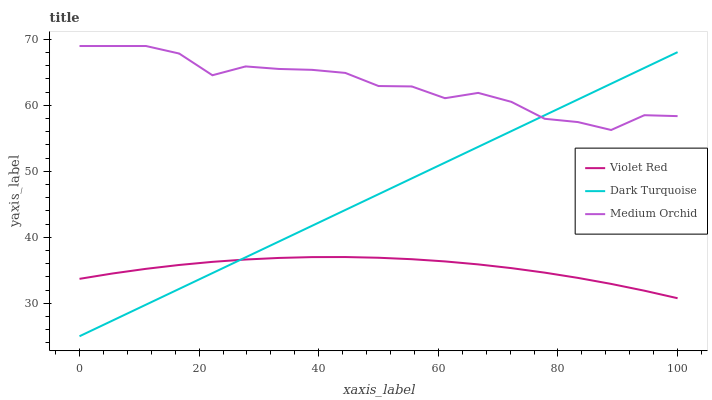
| xaxis_label | Violet Red | Dark Turquoise | Medium Orchid |
 | --- | --- | --- | --- |
 | 0 | 33.7 | 25 | 69 |
 | 5.56 | 34.5 | 27.4 | 69 |
 | 11.1 | 35.2 | 29.8 | 69 |
 | 16.7 | 35.8 | 32.2 | 67.9 |
 | 22.2 | 36.3 | 34.6 | 64.6 |
 | 27.8 | 36.6 | 37 | 65.9 |
 | 33.3 | 36.9 | 39.4 | 65.5 |
 | 38.9 | 37 | 41.7 | 65.4 |
 | 44.4 | 37 | 44.1 | 64.9 |
 | 50 | 36.9 | 46.5 | 62.9 |
 | 55.6 | 36.7 | 48.9 | 62.9 |
 | 61.1 | 36.3 | 51.3 | 61.1 |
 | 66.7 | 35.9 | 53.7 | 61.9 |
 | 72.2 | 35.3 | 56.1 | 60.5 |
 | 77.8 | 34.6 | 58.5 | 58 |
 | 83.3 | 33.8 | 60.9 | 57.5 |
 | 88.9 | 32.9 | 63.3 | 56.3 |
 | 94.4 | 31.9 | 65.7 | 58.5 |
 | 100 | 30.8 | 68.1 | 58.4 |